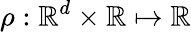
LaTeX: \rho:\mathbb{R}^{d}\times\mathbb{R}\mapsto\mathbb{R}